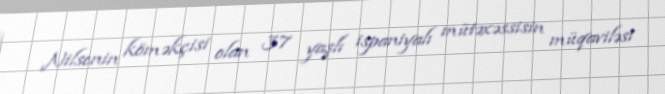
Nilsenin köməkçisi olan 37 yaşlı ispaniyalı mütəxəssisin müqaviləsi